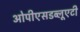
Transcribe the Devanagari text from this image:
ओपीएसडब्लूएटी